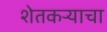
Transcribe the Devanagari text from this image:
शेतकऱ्याचा